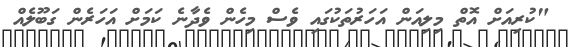
"ކުރިއަށް އޮތް މިލިއަން އަހަރުތަކުގައި ވެސް މިހެން ވެދާނެ ކަމަށް އަހަރެން ގަބޫލެއް